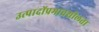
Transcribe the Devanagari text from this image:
उत्पादोंप्रभावशीलता